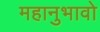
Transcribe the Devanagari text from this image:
महानुभावो